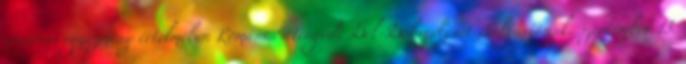
craiovai egyezmény értelmében Románia átengedi Dél-Dobrudzsát Bulgáriának. szeptember 13.